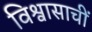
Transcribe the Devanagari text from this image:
विश्वासाचीं